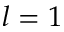
l = 1